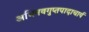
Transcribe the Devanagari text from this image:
अभिनवगुप्तपादाचार्य